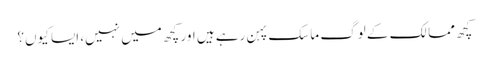
کچھ ممالک کے لوگ ماسک پہن رہے ہیں اور کچھ میں نہیں، ایسا کیوں؟